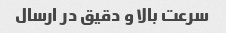
سرعت بالا و دقیق در ارسال